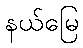
နယ်မြေ